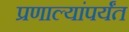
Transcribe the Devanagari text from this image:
प्रणाल्यांपर्यंत